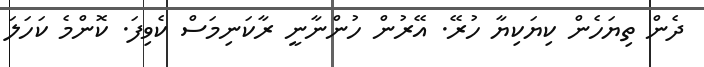
ދެން ތިޔަހެން ކިޔަކިޔާ ހުރޭ. އޭރުން ހުންނާނީ ރާކަނިމަސް ކެވިފަ. ކޮންމެ ކަހަލަ